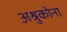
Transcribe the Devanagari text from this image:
अश्रुकोना